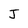
Character: J